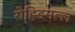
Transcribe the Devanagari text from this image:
रोहिडमल्ल